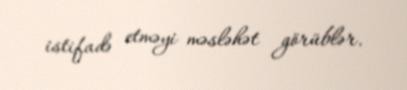
istifadə etməyi məsləhət görüblər.